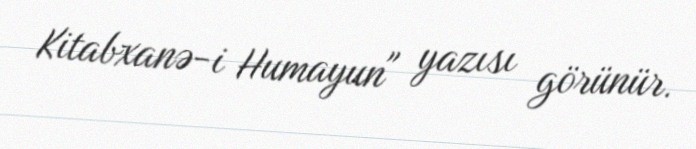
Kitabxanə-i Humayun" yazısı görünür.